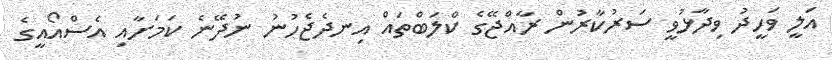
އަލީ ވަހީދު ވިދާޅުވީ ސަރުކާރުން ރާއްޖޭގެ ކްލަބްތައް އިނދެޖެހުނު ނުދޭނެ ކަމަށާއި އެސްއޯއީގެ